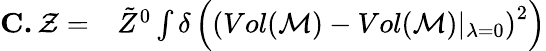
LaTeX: \begin{array}{rl}{\textbf{C.}\, \mathcal{Z}=}&{{}\tilde{Z}^{0}\int\delta\left(\left(Vol(\mathcal{M})-Vol(\mathcal{M})\vert_{\lambda=0}\right)^{2}\right)}\end{array}